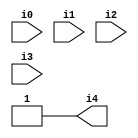
// Benchmark "SKOLEMFORMULA" written by ABC on Mon May  4 15:53:57 2020

module SKOLEMFORMULA ( 
    i0, i1, i2, i3,
    i4  );
  input  i0, i1, i2, i3;
  output i4;
  assign i4 = 1'b1;
endmodule